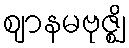
ဈာနမဗုဇ္ဈိ